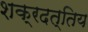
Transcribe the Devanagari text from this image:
शक्रदत्तिय